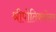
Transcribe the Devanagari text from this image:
श्रीपोतिक्कोलम्